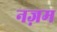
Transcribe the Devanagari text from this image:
नज़म